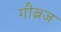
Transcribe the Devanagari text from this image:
गौब्रज